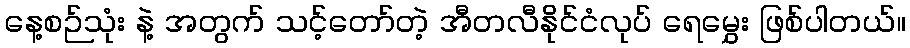
နေ့စဉ်သုံး နဲ့ အတွက် သင့်တော်တဲ့ အီတလီနိုင်ငံလုပ် ရေမွှေး ဖြစ်ပါတယ်။